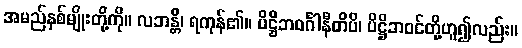
အမည်နှစ်မျိုးတို့ကို။ လဘန္တိ၊ ရကုန်၏။ ပိဋ္ဌိဘဝင်္ဂါနီတိပိ၊ ပိဋ္ဌိဘဝင်တို့ဟူ၍လည်း။